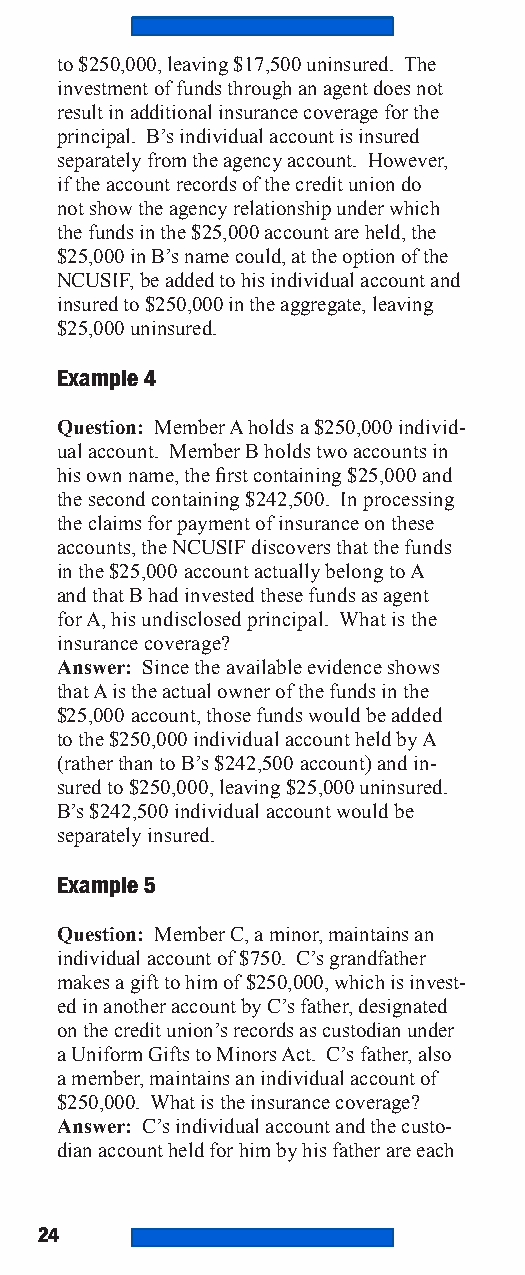
to $250,000, leaving $17,500 uninsured. The
 investment of funds through an agent does not
 result in additional insurance coverage for the
 principal. B’s individual account is insured
 separately from the agency account. However,
 if the account records of the credit union do
 not show the agency relationship under which
 the funds in the $25,000 account are held, the
 $25,000 in B’s name could, at the option of the
 NCUSIF, be added to his individual account and
 insured to $250,000 in the aggregate, leaving
 $25,000 uninsured.
 Example 4
 Question: Member A holds a $250,000 individ-
 ual account. Member B holds two accounts in
 his own name, the first containing $25,000 and
 the second containing $242,500. In processing
 the claims for payment of insurance on these
 accounts, the NCUSIF discovers that the funds
 in the $25,000 account actually belong to A
 and that B had invested these funds as agent
 for A, his undisclosed principal. What is the
 insurance coverage?
 Answer: Since the available evidence shows
 that A is the actual owner of the funds in the
 $25,000 account, those funds would be added
 to the $250,000 individual account held by A
 (rather than to B’s $242,500 account) and in-
 sured to $250,000, leaving $25,000 uninsured.
 B’s $242,500 individual account would be
 separately insured.
 Example 5
 Question: Member C, a minor, maintains an
 individual account of $750. C’s grandfather
 makes a gift to him of $250,000, which is invest-
 ed in another account by C’s father, designated
 on the credit union’s records as custodian under
 a Uniform Gifts to Minors Act. C’s father, also
 a member, maintains an individual account of
 $250,000. What is the insurance coverage?
 Answer: C’s individual account and the custo-
 dian account held for him by his father are each
 24